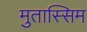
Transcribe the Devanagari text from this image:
मुतास्सिम